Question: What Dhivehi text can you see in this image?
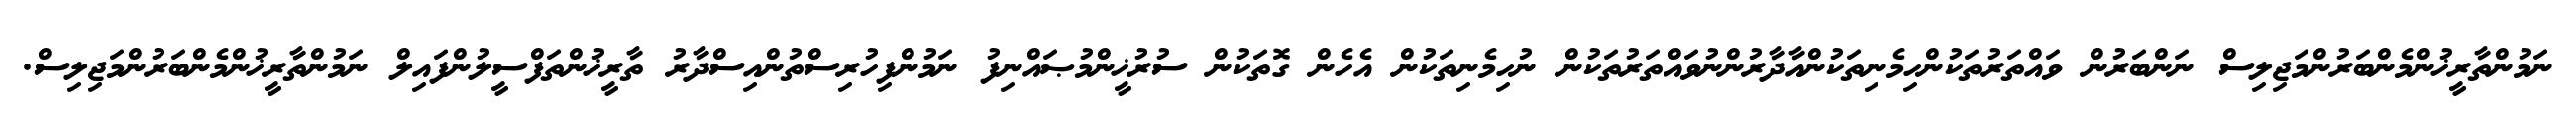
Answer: ނަމުންތާރީޚުންމެންބަރުންމަޖިލިސް ނަންބަރުން ވައްތަރުތަކުންހިމެނިތަކުންއާދާރުންނުވައްތަރުތަކުން ނުހިމެނިތަކުން އެހެން ގޮތަކުން ސުރުޚީންމުޞައްނިފު ނަމުންފިހުރިސްތުންއިސްދާރު ތާރީޚުންތަފްސީލުންފައިލް ނަމުންތާރީޚުންމެންބަރުންމަޖިލިސް.